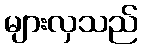
များလှသည်